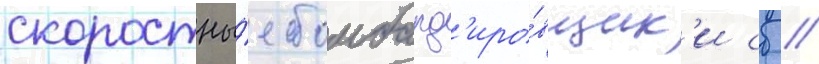
скоростны́е бомбард'иро́вщик'и сб //